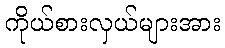
ကိုယ်စားလှယ်များအား